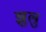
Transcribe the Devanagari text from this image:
झुलु